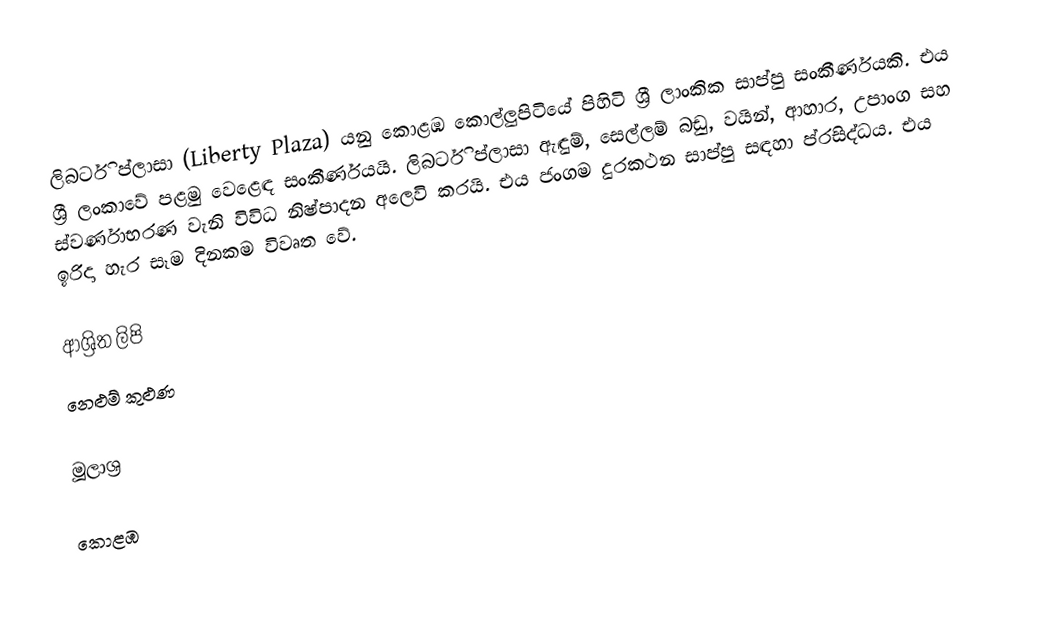
ලිබර්ටි ප්ලාසා (Liberty Plaza) යනු කොළඹ කොල්ලුපිටියේ පිහිටි ශ්‍රී ලාංකික සාප්පු සංකීර්ණයකි. එය ශ්‍රී ලංකාවේ පළමු වෙළෙඳ සංකීර්ණයයි. ලිබර්ටි ප්ලාසා ඇඳුම්, සෙල්ලම් බඩු, වයින්, ආහාර, උපාංග සහ ස්වර්ණාභරණ වැනි විවිධ නිෂ්පාදන අලෙවි කරයි. එය ජංගම දුරකථන සාප්පු සඳහා ප්රසිද්ධය. එය ඉරිදා හැර සෑම දිනකම විවෘත වේ.

ආශ්‍රිත ලිපි
 නෙළුම් කුළුණ

මූලාශ්‍ර

කොළඹ